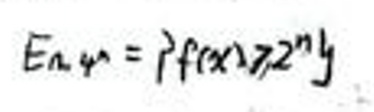
$E_{n4}=\int f(x)\geq 2^{n}y$